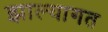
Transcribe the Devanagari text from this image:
झाल्यागत